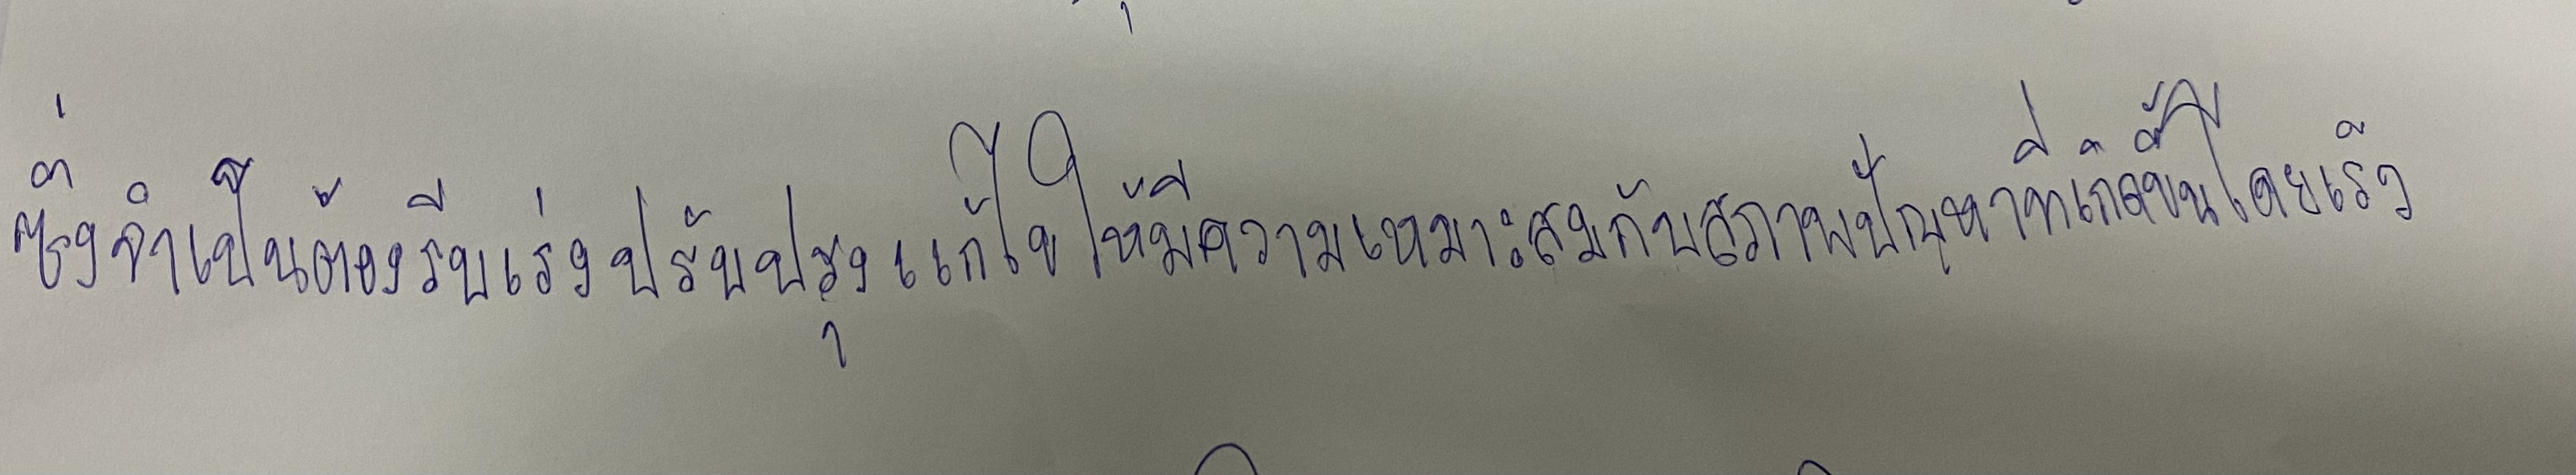
ซึ่งจำเป็นต้องรีบเร่งปรับปรุงแก้ไขให้มีความเหมาะสมกับสภาพปัญหาที่เกิดขึ้นโดยเร็ว